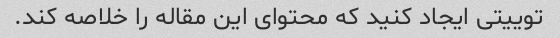
توییتی ایجاد کنید که محتوای این مقاله را خلاصه کند.